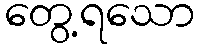
တွေ့ရသော